Statistical return of the lunatic asylum in Assam - 1912-1932
Year: 1912
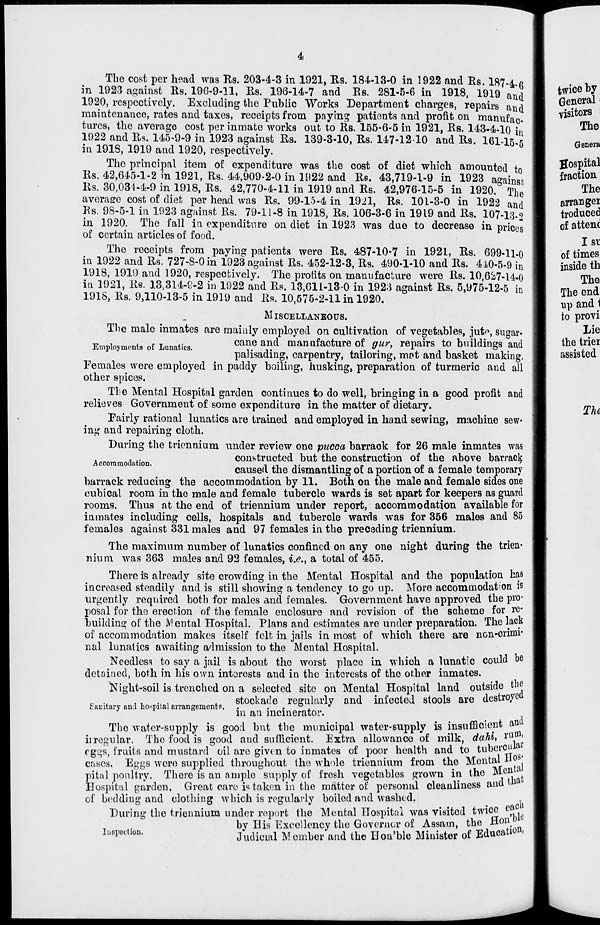
4
m
The cost per head was Rs. 203-4-3 in 1921, Rs. 184-13-0 in 1922 and Rs. 187-4 ft
in 1923 against Rs. 196-9-11, Rs. 196-14-7 and Rs. 281-5-6 in 1918, 1919 and
1920, respectively. Excluding the Public Works Department charges, repairs and
maintenance, rates and taxes, receipts from paying patients and profit on manufac-
tures, the average cost per inmate works out to Rs. 155-6-5 in 1921, Rs. 143-4-10 in
1922 and Rs. 145-9-9 in 1923 against Rs. 139-3-10, Rs. 147-12 10 and Rs. 161-15-5
in 1918, 1919 and 1920, respectively.
The principal item of expenditure was the cost of diet which amounted to
Rs. 42,645-1-2 in 1921, Rs. 44,909-2-0 in 1922 and Rs. 43,719-1-9 in 1923 against,
Rs. 30,034-4-9 in 1918, Rs. 42,770-4-11 in 1919 and Rs. 42,976-15-5 in 1920. The
average cost of diet per head was Rs. 99-15-4 in 1921, Rs. 101-3-0 in 1922 and
Rs. 98-5-1 in 1923 against Rs. 79-11-8 in 1918, Rs. 106-3-6 in 1919 and Rs. 107-13-0
in 1920. The fall in expenditure on diet in 1923 was due to decrease in prices
of certain articles of food.
The receipts from paying patients were Rs. 487-10-7 in 1921, Rs. 699-11-0
1922 and Rs. 727-8-0 in 1923 against Rs. 452-12-3, Rs. 490-1-10 and Rs. 4A0-5-9 in
1918, 1919 and 1920, respectively. The profits on manufacture were Rs. 10,627-U-O
in 1921, Rs. 13,314-9-2 in 1922 and Rs. 13,611-13-0 in 1923 against Rs. 5,975-12-5 in
1918, Rs. 9,110-13-5 in 1919 and Rs. 10,575-2-11 in 1920.
MISCELLANEOUS.
The male inmates are mainly employed on cultivation of vegetables, jut^, sugar-
Employments of Lunatics.
ca ?. e a }} d manufacture of gur, repairs to buildings and
palisading, carpentry, tailoring, mot and basket making.
Females were employed in paddy boiling, husking, preparation of turmeric and all
other spices.
The Mental Hospital garden continues to do well, bringing in a good profit and
relieves Government of some expenditure in the matter of dietary.
Fairly rational lunatics are trained and employed in hand sewing, machine sew-
ing and repairing cloth.
During the triennium under review one pucca barrack for 26 male inmates was
, .
constructed but the construction of the above barrack
caused the dismantling of a portion of a female temporary
barrack reducing the accommodation by 11. Both on the male and female sides one
cubical room in the male and female tubercle wards is set apart for keepers as guard
rooms. Thus at the end of triennium under report, accommodation available for
inmates including cells, hospitals and tubercle wards was for 356 males and 85
females against 331 males and 97 females in the preceding triennium.
The maximum number of lunatics confined on any one night during the trien-
nium was 363 males and 92 females, i.e., a total of 455.
There is already site crowding in the Mental Hospital and the population has
increased steadily and is still showing a tendency to go up. More accommodation is
urgently required both for males and females. Government have approved the pro-
posal for the erection of the female enclosure and revision of the scheme for re-
building of the Mental Hospital. Plans and estimates are under preparation. The lack
of accommodation makes itself felt in jails in most of which there are ncn-cnmi-
nal lunatics awaiting admission to the Mental Hospital,
Needless to say a jail is about the worst place in which a lunatic could be
detained, both in his own interests and in the interests of the other inmates.
Night-soil is trenched on a selected site on Mental Hospital land outside the
„ §J
, , . .
stockade regularly and infected stools are destroyed
ITanitary ana hospital arrangements 3 . .
.
.
° .
"
in an incinerator.
The water-supply is good but the municipal water-supply is insufficient am
iiregular. The food is good and sufficient. Extra allowance of milk, d(thh l u°J
eggs, fruits and mustard oil are given to inmates of poor health and to tuber^
cases. Eggs were supplied throughout the whole triennium from the Mental l
pital poultry. There is an ample supply of fresh vegetables grown in the Me jL t
Hospital garden. Great care is taken in the matter of personal cleanliness ana
of bedding and clothing which is regularly boiled and washed.
twice eaj
the flo»; ble
tal
During the triennium under report the Mental Hospital was visited twice
Inspection.
bv His Excellency the Governor of Assam, the & ou .
Judicial Member and the Hon'ble Minister of Educate